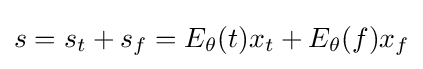
s=s_{t}+s_{f}=E_{\theta }(t)x_{t}+E_{\theta }(f)x_{f}